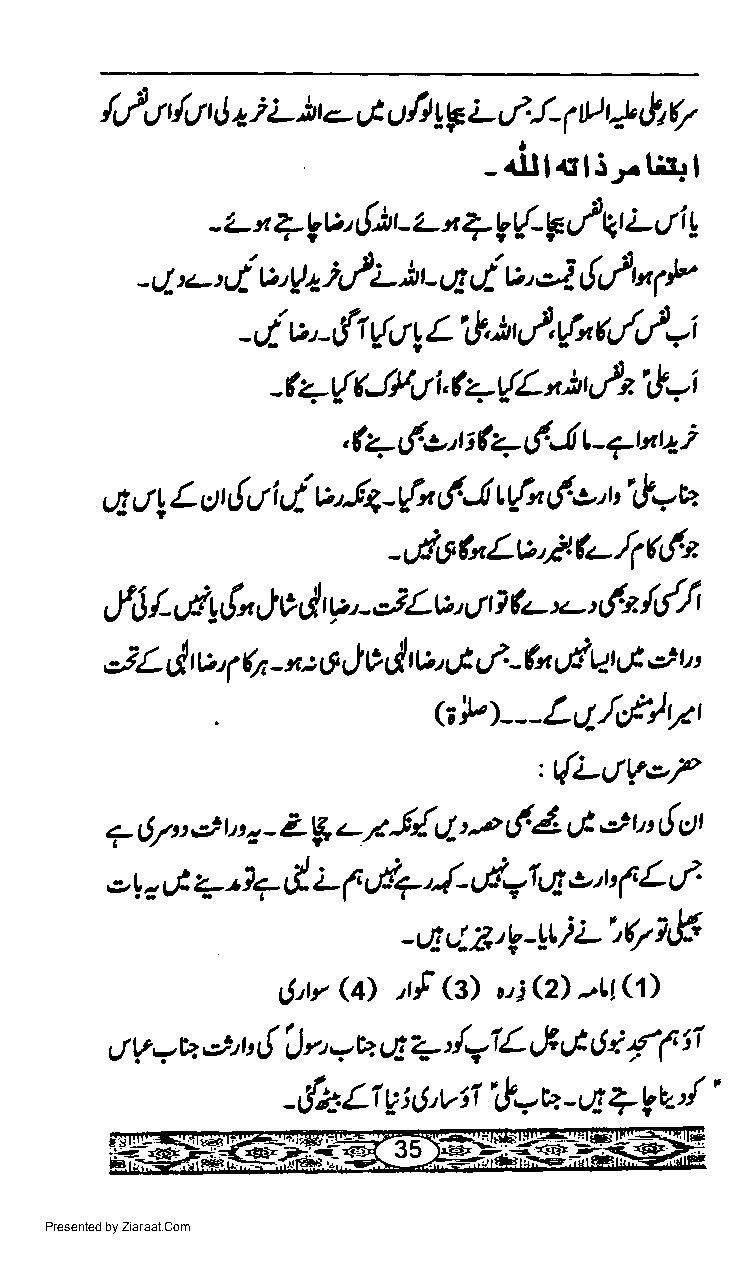
i
 /,/r1 il.t t tJ i- it.-,1 u ll tlg L,l. l- rtt 4 fa 17
 1
 dll1Ilir.tit|
 -             l
 - L t + t€v, ttit -'z- i + t€{-F vP qt L t i !
 P
 4,-, 4 v, y a,i,/ ;- it - Lt,l v,,ej- &/ M
 -                                 1
 t',!.       q./'}=i
 -,.i v' -rt {rt  lt,}, tr-
 I          "
 tJtt  ( qt{L', ;r }z &-i
 -tu--r{    i,
 ,(+tFo'ti(-f'-tr1-TttzQi
 ui rt y L ct t t! rt i i- v'-fg-r{n ('.tr t(n (">'u ilwu
 -vdohLv'lL4tl*
 ,.fJ /-,,tyt" J c d v,, - iLv, ur o *-',-,,f2 /dl,
 i
 L j, tv,  x.t o J v d v',.t t-l' -fu ul qt u!,') t"
 1 Qt -
 .
 (*>---Ltt/,4rsr
 ,t{L1tv.eP
 7 67u :) tt t a - Zg.-7 5{ 4'-o (' 4 & e r' { c)t
 .? : 6 +'1? & L f d7'du{*r   rI,> tr : f L e/'
 |
 -a4Ztv-ltiLiQ?t#
 Jl(t)
 G)    G)  ui(2)
 LJ'tt, 'tf
 i'/(
 4 v -v eh { | rt Y u t4 +' Q1 L tht 6 1i
 /'
 |
 {att
 a'v"t',!.u. tl
 -      w          -     lv
 Presented by Ziaraat.Com